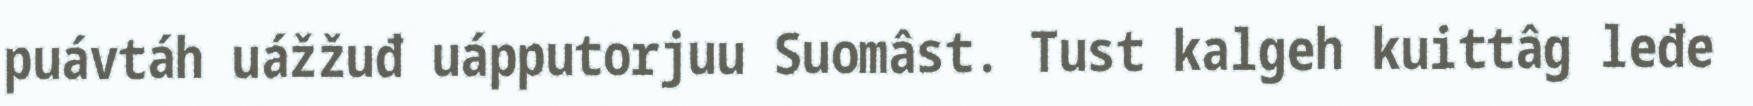
puávtáh uážžuđ uápputorjuu Suomâst. Tust kalgeh kuittâg leđe